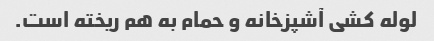
لوله کشی آشپزخانه و حمام به هم ریخته است.